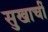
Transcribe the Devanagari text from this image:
सुखाचीं